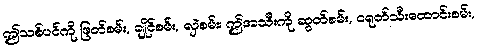
ဤသစ်ပင်ကို ဖြတ်စမ်း, ချိုင်စမ်း, လှဲစမ်း၊ ဤအသီးကို ဆွတ်စမ်း, ငရုတ်သီးထောင်းစမ်း,